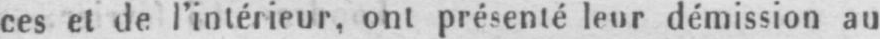
ces et de l’intérieur, ont présenté leur démission au